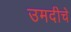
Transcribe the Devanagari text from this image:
उमदीचे